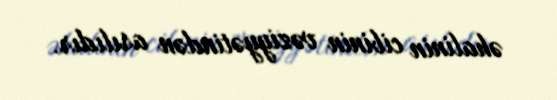
əhalinin cibinin vəziyyətindən asılıdır.